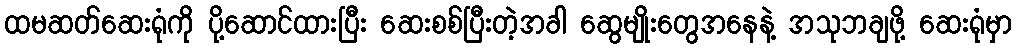
ထမဆတ်ဆေးရုံကို ပို့ဆောင်ထားပြီး ဆေးစစ်ပြီးတဲ့အခါ ဆွေမျိုးတွေအနေနဲ့ အသုဘချဖို့ ဆေးရုံမှာ